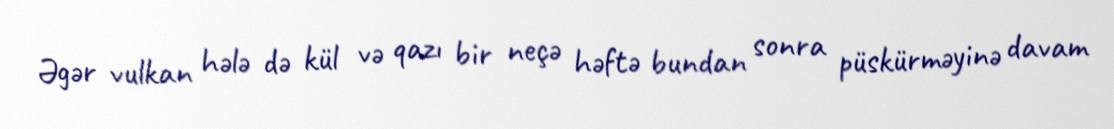
Əgər vulkan hələ də kül və qazı bir neçə həftə bundan sonra püskürməyinə davam